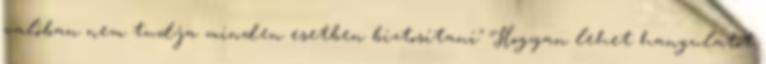
valóban nem tudja minden esetben biztosítani" Hogyan lehet hangulatot